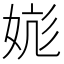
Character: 𪥹